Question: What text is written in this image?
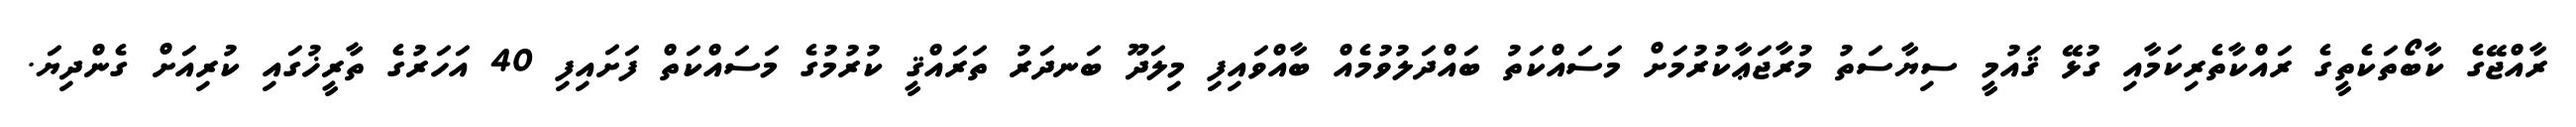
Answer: ރާއްޖޭގެ ކާބޯތަކެތީގެ ރައްކާތެރިކަމާއި ގުޅޭ ޤައުމީ ސިޔާސަތު މުރާޖަޢާކުރުމަށް މަސައްކަތު ބައްދަލުވުމެއް ބާއްވައިފި މިލަދޫ ބަނދަރު ތަރައްޤީ ކުރުމުގެ މަސައްކަތް ފަށައިފި 40 އަހަރުގެ ތާރީޚުގައި ކުރިއަށް ގެންދިޔަ.